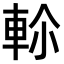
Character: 𨋏